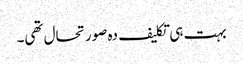
بہت ہی تکلیف دہ صورتحال تھی۔